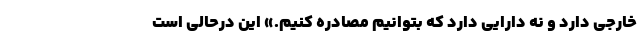
خارجی دارد و نه دارایی دارد که بتوانیم مصادره کنیم.» این درحالی است